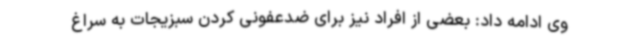
وی ادامه داد: بعضی از افراد نیز برای ضدعفونی کردن سبزیجات به سراغ